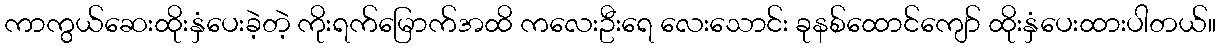
ကာကွယ်ဆေးထိုးနှံပေးခဲ့တဲ့ ကိုးရက်မြောက်အထိ ကလေးဦးရေ လေးသောင်း ခုနစ်ထောင်ကျော် ထိုးနှံပေးထားပါတယ်။